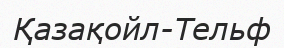
Қазақойл-Тельф